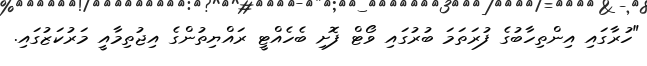
"ހުރާގައި އިންތިހާބުގެ ފުރަތަމަ ބުރުގައި ވޯޓް ފޮށި ބެހެއްޓީ ރައްޔިތުންގެ އިޖުތިމާއީ މަރުކަޒުގައި.